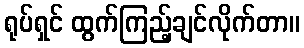
ရုပ်ရှင် ထွက်ကြည့်ချင်လိုက်တာ။